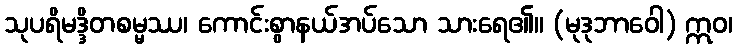
သုပရိမဒ္ဒိတစမ္မဿ၊ ကောင်းစွာနယ်အပ်သော သားရေ၏။ (မုဒုဘာဝေါ) ဣဝ၊